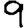
Digit: 9